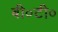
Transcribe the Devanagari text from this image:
बी०टी०